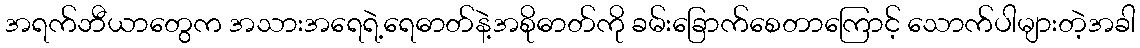
အရက်ဘီယာတွေက အသားအရေရဲ့ရေဓာတ်နဲ့အစိုဓာတ်ကို ခမ်းခြောက်စေတာကြောင့် သောက်ပါများတဲ့အခါ